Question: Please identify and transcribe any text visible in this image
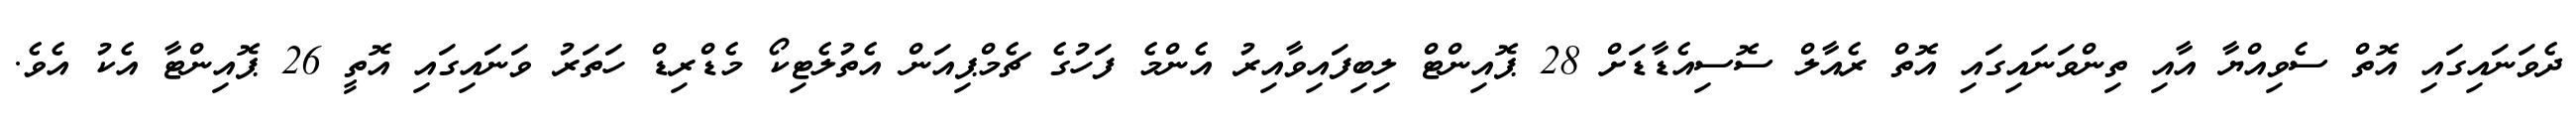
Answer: ދެވަނައިގައި އޮތް ސެވިއްޔާ އާއި ތިންވަނައިގައި އޮތް ރެއާލް ސޮސިއެޑާޑަށް 28 ޕޮއިންޓް ލިބިފައިވާއިރު އެންމެ ފަހުގެ ޗެމްޕިއަން އެތުލެޓިކޯ މެޑްރިޑް ހަތަރު ވަނައިގައި އޮތީ 26 ޕޮއިންޓާ އެކު އެވެ.